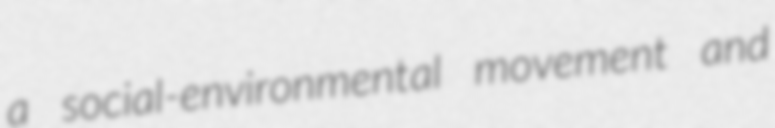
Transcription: a social-environmental movement and